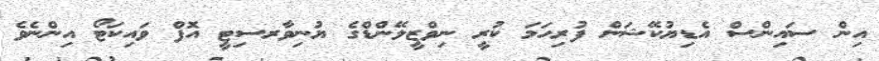
އިން ސައިންސް އެޑިޔުކޭޝަން ފުރިހަމަ ކުރީ ނިވްޒީލޭންޑްގެ ޔުނިވާރސިޓީ އޮފް ވައިކަޓޯ އިންނެވެ